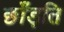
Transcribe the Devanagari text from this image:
छाँड़ति